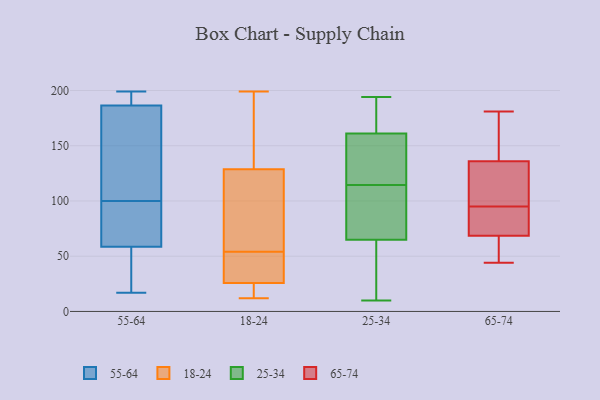
{"axis": {"x": "Inventory Turnover", "y": "Value"}, "legend": ["18-24", "25-34", "55-64", "65-74"], "data": [{"x": "", "y": 125, "type": "55-64"}, {"x": "", "y": 190, "type": "55-64"}, {"x": "", "y": 74, "type": "55-64"}, {"x": "", "y": 177, "type": "55-64"}, {"x": "", "y": 109, "type": "55-64"}, {"x": "", "y": 48, "type": "55-64"}, {"x": "", "y": 187, "type": "55-64"}, {"x": "", "y": 38, "type": "55-64"}, {"x": "", "y": 194, "type": "55-64"}, {"x": "", "y": 17, "type": "55-64"}, {"x": "", "y": 191, "type": "55-64"}, {"x": "", "y": 92, "type": "55-64"}, {"x": "", "y": 69, "type": "55-64"}, {"x": "", "y": 102, "type": "55-64"}, {"x": "", "y": 32, "type": "55-64"}, {"x": "", "y": 186, "type": "55-64"}, {"x": "", "y": 76, "type": "55-64"}, {"x": "", "y": 98, "type": "55-64"}, {"x": "", "y": 199, "type": "55-64"}, {"x": "", "y": 36, "type": "55-64"}, {"x": "", "y": 112, "type": "18-24"}, {"x": "", "y": 22, "type": "18-24"}, {"x": "", "y": 12, "type": "18-24"}, {"x": "", "y": 199, "type": "18-24"}, {"x": "", "y": 54, "type": "18-24"}, {"x": "", "y": 15, "type": "18-24"}, {"x": "", "y": 155, "type": "18-24"}, {"x": "", "y": 27, "type": "18-24"}, {"x": "", "y": 103, "type": "18-24"}, {"x": "", "y": 50, "type": "18-24"}, {"x": "", "y": 18, "type": "18-24"}, {"x": "", "y": 45, "type": "18-24"}, {"x": "", "y": 34, "type": "18-24"}, {"x": "", "y": 191, "type": "18-24"}, {"x": "", "y": 120, "type": "18-24"}, {"x": "", "y": 160, "type": "18-24"}, {"x": "", "y": 119, "type": "18-24"}, {"x": "", "y": 65, "type": "25-34"}, {"x": "", "y": 161, "type": "25-34"}, {"x": "", "y": 185, "type": "25-34"}, {"x": "", "y": 10, "type": "25-34"}, {"x": "", "y": 124, "type": "25-34"}, {"x": "", "y": 105, "type": "25-34"}, {"x": "", "y": 97, "type": "25-34"}, {"x": "", "y": 176, "type": "25-34"}, {"x": "", "y": 194, "type": "25-34"}, {"x": "", "y": 126, "type": "25-34"}, {"x": "", "y": 38, "type": "25-34"}, {"x": "", "y": 85, "type": "25-34"}, {"x": "", "y": 14, "type": "25-34"}, {"x": "", "y": 157, "type": "25-34"}, {"x": "", "y": 55, "type": "65-74"}, {"x": "", "y": 70, "type": "65-74"}, {"x": "", "y": 138, "type": "65-74"}, {"x": "", "y": 108, "type": "65-74"}, {"x": "", "y": 54, "type": "65-74"}, {"x": "", "y": 169, "type": "65-74"}, {"x": "", "y": 76, "type": "65-74"}, {"x": "", "y": 142, "type": "65-74"}, {"x": "", "y": 113, "type": "65-74"}, {"x": "", "y": 95, "type": "65-74"}, {"x": "", "y": 97, "type": "65-74"}, {"x": "", "y": 68, "type": "65-74"}, {"x": "", "y": 45, "type": "65-74"}, {"x": "", "y": 83, "type": "65-74"}, {"x": "", "y": 181, "type": "65-74"}, {"x": "", "y": 44, "type": "65-74"}, {"x": "", "y": 70, "type": "65-74"}, {"x": "", "y": 143, "type": "65-74"}, {"x": "", "y": 130, "type": "65-74"}]}